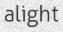
alight